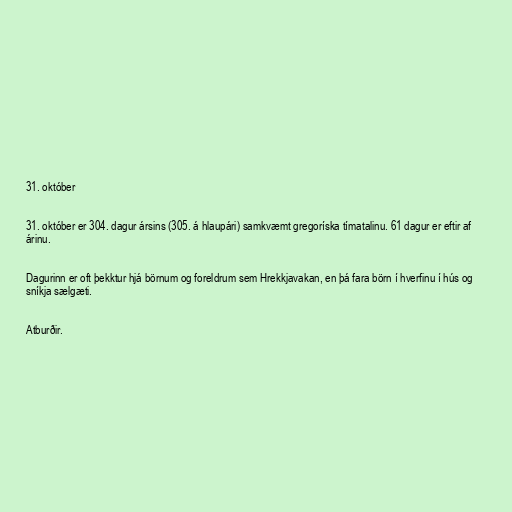
31. október

31. október er 304. dagur ársins (305. á hlaupári) samkvæmt gregoríska tímatalinu. 61 dagur er eftir af
árinu.

Dagurinn er oft þekktur hjá börnum og foreldrum sem Hrekkjavakan, en þá fara börn í hverfinu í hús og
sníkja sælgæti.

Atburðir.